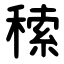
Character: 䅴